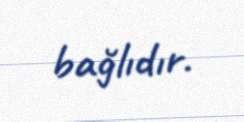
bağlıdır.